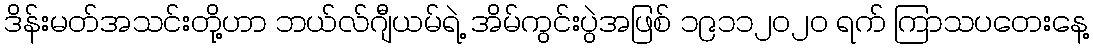
ဒိန်းမတ်အသင်းတို့ဟာ ဘယ်လ်ဂျီယမ်ရဲ့ အိမ်ကွင်းပွဲအဖြစ် ၁၉၁၁၂၀၂၀ ရက် ကြာသပတေးနေ့